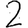
Digit: 2